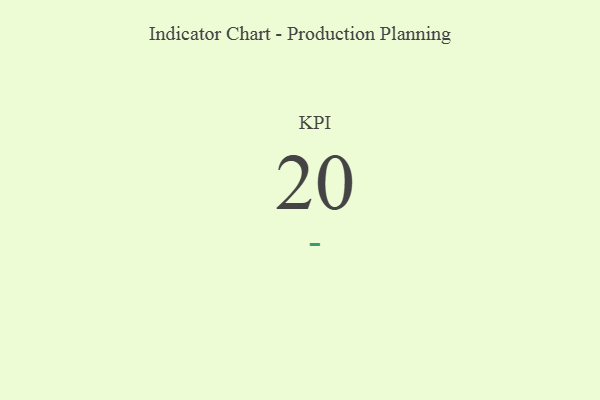
{"axis": {"x": "KPI", "y": "Value"}, "legend": [""], "data": [{"x": "KPI", "y": 20, "type": ""}]}